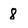
Character: 8